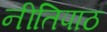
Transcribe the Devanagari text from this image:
नीतिपाठ